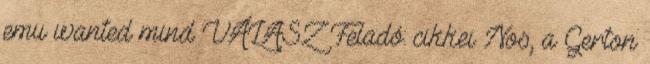
emu wanted mind VÁLASZ Feladó: cikkei Nos, a Gerton